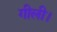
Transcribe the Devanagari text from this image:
गीली।